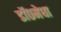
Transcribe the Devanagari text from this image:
डॉ०मेधा